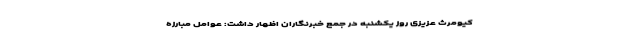
کیومرث عزیزی روز یکشنبه در جمع خبرنگاران اظهار داشت: عوامل مبارزه